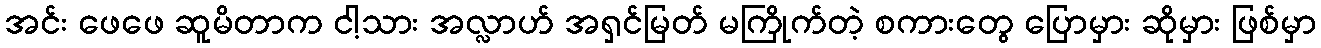
အင်း ဖေဖေ ဆူမိတာက ငါ့သား အလ္လာဟ် အရှင်မြတ် မကြိုက်တဲ့ စကားတွေ ပြောမှား ဆိုမှား ဖြစ်မှာ